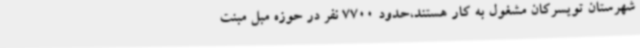
شهرستان تویسرکان مشغول به کار هستند،حدود 7700 نفر در حوزه مبل مبنت